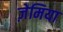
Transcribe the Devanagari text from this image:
ज़ेमिया